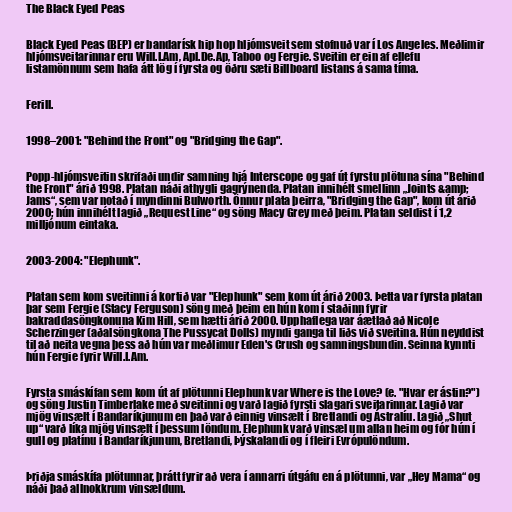
The Black Eyed Peas

Black Eyed Peas (BEP) er bandarísk hip hop hljómsveit sem stofnuð var í Los Angeles. Meðlimir
hljómsveitarinnar eru Will.I.Am, Apl.De.Ap, Taboo og Fergie. Sveitin er ein af ellefu
listamönnum sem hafa átt lög í fyrsta og öðru sæti Billboard listans á sama tíma.

Ferill.

1998–2001: "Behind the Front" og "Bridging the Gap".

Popp-hljómsveitin skrifaði undir samning hjá Interscope og gaf út fyrstu plötuna sína "Behind
the Front" árið 1998. Platan náði athygli gagrýnenda. Platan innihélt smellinn „Joints &amp;
Jams“, sem var notað í myndinni Bulworth. Önnur plata þeirra, "Bridging the Gap", kom út árið
2000; hún innihélt lagið „Request Line“ og söng Macy Grey með þeim. Platan seldist í 1,2
milljónum eintaka.

2003-2004: "Elephunk".

Platan sem kom sveitinni á kortið var "Elephunk" sem kom út árið 2003. Þetta var fyrsta platan
þar sem Fergie (Stacy Ferguson) söng með þeim en hún kom í staðinn fyrir
bakraddasöngkonuna Kim Hill, sem hætti árið 2000. Upphaflega var áætlað að Nicole
Scherzinger (aðalsöngkona The Pussycat Dolls) myndi ganga til liðs við sveitina. Hún neyddist
til að neita vegna þess að hún var meðlimur Eden's Crush og samningsbundin. Seinna kynnti
hún Fergie fyrir Will.I.Am.

Fyrsta smáskífan sem kom út af plötunni Elephunk var Where is the Love? (e. "Hvar er ástin?")
og söng Justin Timberlake með sveitinni og varð lagið fyrsti slagari sveitarinnar. Lagið var
mjög vinsælt í Bandaríkjunum en það varð einnig vinsælt í Bretlandi og Ástralíu. Lagið „Shut
up“ varð líka mjög vinsælt í þessum löndum. Elephunk varð vinsæl um allan heim og fór hún í
gull og platínu í Bandaríkjunum, Bretlandi, Þýskalandi og í fleiri Evrópulöndum.

Þriðja smáskífa plötunnar, þrátt fyrir að vera í annarri útgáfu en á plötunni, var „Hey Mama“ og
náði það allnokkrum vinsældum.